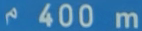
400 m